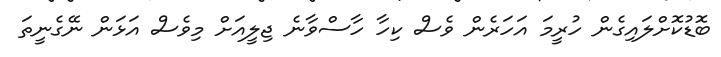
ބޮޑުކޮށްލައިގެން ހުރީމަ އަހަރެން ވެސް ކިހާ ހާސްވާނެ ޖިލީއަށް މިވެސް އަޅަން ނޭގެނީތަ